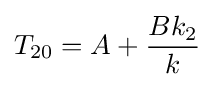
T_{20}=A+{\frac {Bk_{2}}{k}}